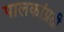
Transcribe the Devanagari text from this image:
पालकांप्रती